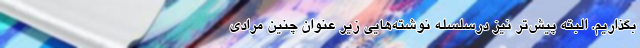
بگذاریم. البته پیش‌تر نیز درسلسله نوشته‌هایی زیر عنوان چنین مرادی